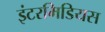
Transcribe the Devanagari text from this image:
इंटरमिडियस